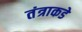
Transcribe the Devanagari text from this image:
तंत्राकडे